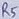
Text: R5